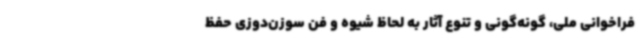
فراخوانی ملی، گونه‌گونی و تنوع آثار به‌ لحاظ شیوه و فن سوزن‌دوزی حفظ